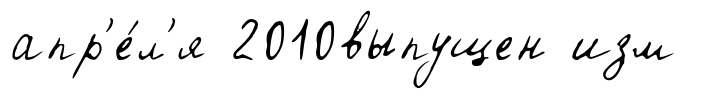
апр'е́л'я 2010выпущен изм